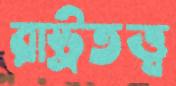
রাষ্ট্রতত্ত্ব